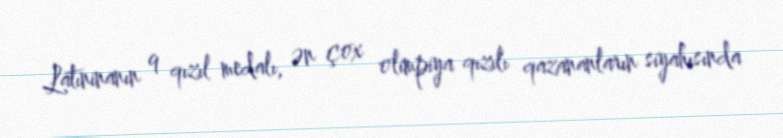
Latıninanın 9 qızıl medalı, ən çox olimpiya qızılı qazananların siyahısında